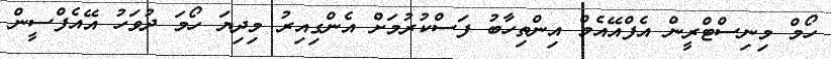
ހޯމް މިނިސްޓްރީން އެފްއޭއެމް އިންތިހާބު ފަސްކުރުމަށް އެންގިއިރު މިދިޔަ ހޯމަ ދުވަހު އޭއެފްސީން